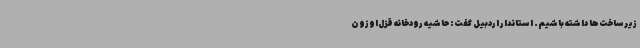
زیرساخت‌ها داشته باشیم. استاندار اردبیل گفت: حاشیه رودخانه قزل‌اوزون